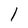
Character: l